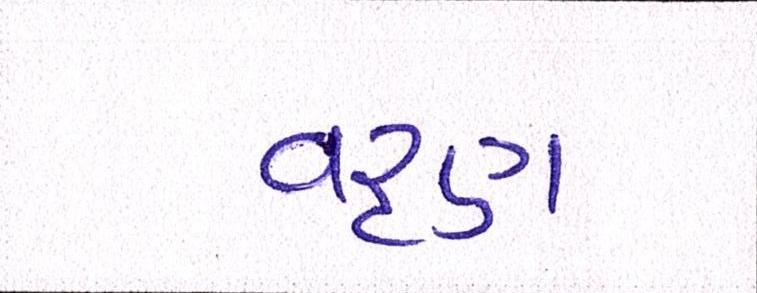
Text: વરૃણ